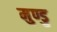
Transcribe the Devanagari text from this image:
मुण्डु